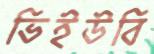
ভিইউবি